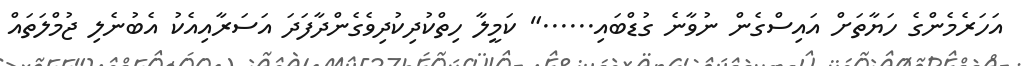
އަހަރެމެންގެ ހަޔާތަށް އައިސްގެން ނުވާނެ ގުޑްބައި......" ކަމީލާ ހިތްކުދިކުދިވެގެންދާފަދަ އަސަރާއިއެކު އެބުނެލި ޖުމްލަތައް